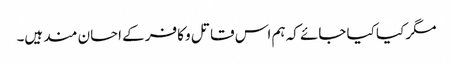
مگر کیا کیا جائے کہ ہم اس قاتل و کافر کے احسان مند ہیں۔